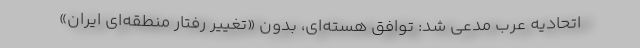
اتحادیه عرب مدعی شد: توافق هسته‌ای، بدون «تغییر رفتار منطقه‌ای ایران»